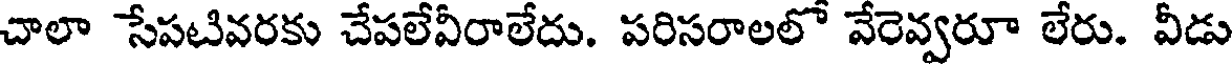
చాలా సేపటివరకు చేపలేవీరాలేదు. పరిసరాలలో వేరెవ్వరూ లేరు. వీడు